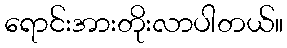
ရောင်းအားတိုးလာပါတယ်။